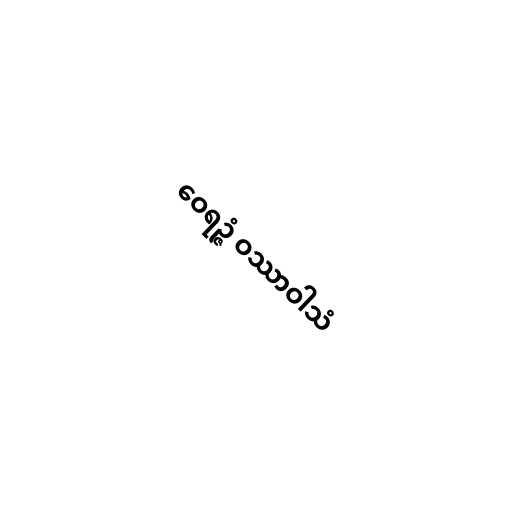
ဝေရဉ္ဇံ ဝဿာဝါသံ